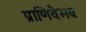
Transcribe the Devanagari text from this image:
प्राणिवैभव